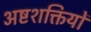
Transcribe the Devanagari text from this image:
अष्टशक्तियों